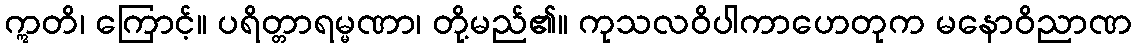
ဣတိ၊ ကြောင့်။ ပရိတ္တာရမ္မဏာ၊ တို့မည်၏။ ကုသလဝိပါကာဟေတုက မနောဝိညာဏ